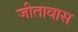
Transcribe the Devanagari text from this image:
जीतावास